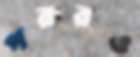
পরারও